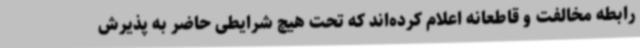
رابطه مخالفت و قاطعانه اعلام کرده‌اند که تحت هیچ شرایطی حاضر به پذیرش